Lunatic asylums Central Provinces reports 1910-1926 - 1910-1926
Year: 1910
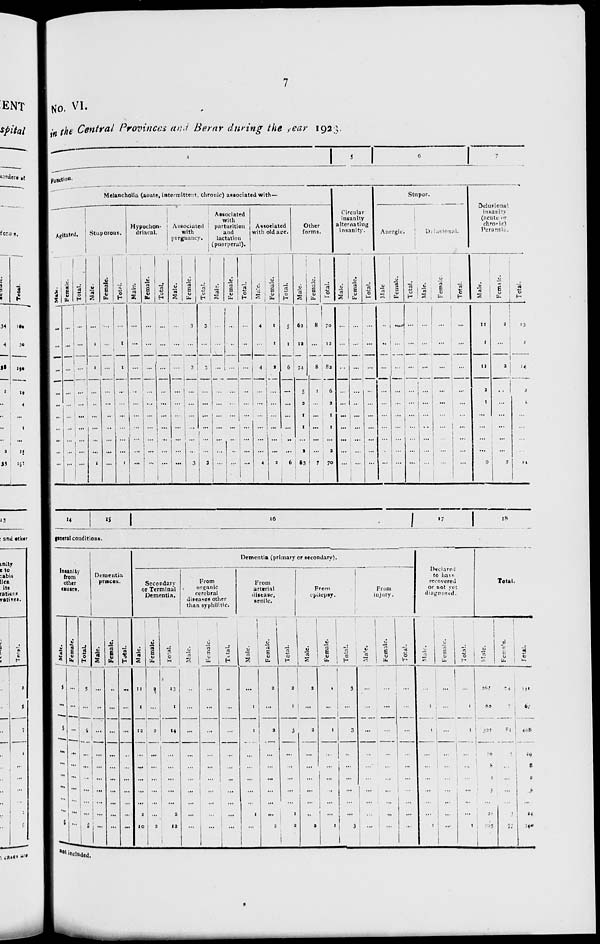
7
No. VI.
in the Central Provinces and Berar during the year 1923.
4
5
6
7
Function
Melancholia (acute, intermittent, chronic) associated with—
Agitated.
Male.
...
...
...
...
...
...
...
...
...
...
Female.
...
...
...
...
...
...
...
...
...
...
Total.
...
...
...
...
...
...
...
...
...
...
Stuporous.
Male.
...
1
1
...
...
...
...
...
...
1
Female.
...
...
...
...
...
...
...
...
...
...
Total.
...
1
1
...
...
...
...
...
...
1
Hypochon-
driacal.
Male.
...
...
...
...
...
...
...
...
...
...
Female.
...
...
...
...
...
...
...
...
...
...
Total.
...
...
...
...
...
...
...
...
...
...
Associated
with
pregnancy.
Male.
...
...
...
...
...
...
...
...
...
...
Female.
3
...
3
...
...
...
...
...
...
3
Total.
3
...
3
...
...
...
...
...
...
3
Associated
with
parturition
and
lactation
(puerperal).
Male.
...
...
...
...
...
...
...
...
...
...
Female.
...
...
...
...
...
...
...
...
...
...
Total.
...
...
...
...
...
...
...
...
...
...
Associated
with old age.
Male.
4
...
4
...
...
...
...
...
4
Female.
1
1
2
...
...
...
...
...
...
2
Total.
5
1
6
...
...
...
...
...
...
6
Other
forms.
Male.
62
12
74
5
2
1
1
...
2
63
Female.
8
...
8
1
...
...
...
...
...
7
Total.
70
12
82
6
2
1
1
...
2
70
Circular
insanity
alternating
insanity.
Male.
...
...
...
...
...
...
...
...
...
...
Female.
...
...
...
...
...
...
...
...
...
...
Total.
...
...
..-.
...
...
...
...
...
...
...
Stupor.
Anergic.
Male.
...
...
...
.
...
...
...
...
...
...
Female.
...
...
...
...
...
...
...
...
...
...
Total.
...
...
...
...
...
...
...
...
...
...
Delusional.
Male.
...
...
...
...
...
...
...
...
...
...
Female.
...
...
...
...
...
...
...
...
...
...
Total.
...
...
...
...
...
...
...
...
...
...
Delusional
insanity
(acute or
chromic)
Peransia.
Male.
11
1
12
2
1
...
...
...
...
9
Female.
2
...
2
...
...
...
...
...
...
2
Total.
13
1
14
2
1
...
...
...
...
11
14
15
16
17 18
general conditions.
Insanity
from
other
causes.
Male.
5
...
5
...
...
...
...
...
...
5
Female.
...
...
...
...
...
...
...
...
...
...
Total.
5
...
5
...
...
...
...
...
...
5
Dementia
præcox.
Male.
...
...
...
...
...
...
...
...
...
Female.
...
...
...
...
...
...
...
...
...
...
Total.
...
...
...
...
...
...
...
...
...
...
Dementia (primary or secondary).
Secondary
or Terminal
Dementia.
Male.
11
1
12
...
...
...
...
...
2
10
Female.
2
...
2
...
...
...
...
...
...
2
Total.
13
1
14
...
...
...
...
...
2
12
From
organic
cerebral
diseases other
than syphilitic.
Male.
...
...
...
...
...
...
...
...
...
...
Female.
...
...
...
...
...
...
...
...
...
...
Total.
...
...
...
...
...
...
...
...
...
...
From
arterial
disease,
senile.
Male.
...
1
1
...
...
...
...
...
1
...
Female.
2
...
2
...
...
...
...
...
...
2
Total.
2
1
3
...
...
...
...
...
1
2
From
epilepsy.
Male.
3
...
3
...
...
...
...
...
...
2
Female.
1
...
1
...
...
...
...
...
...
1
Total.
3
...
3
...
...
...
...
...
...
3
From
injury.
Male.
...
...
...
...
...
...
...
...
...
...
Female.
...
...
...
...
...
...
...
...
...
...
Total.
...
...
...
...
...
...
...
...
...
...
Declared
to have
recovered
or not yet
diagnosed.
Male.
...
1
1
...
...
...
...
...
...
1
Female.
...
...
...
...
...
...
...
...
...
...
Total.
...
1
1
...
...
...
...
...
...
1
Total.
Male.
267
60
327
26
8
2
5
...
21
265
Female.
74
7
81
3
...
...
...
...
3
75
Total.
341
67
408
29
8
2
5
...
24
340
not included.